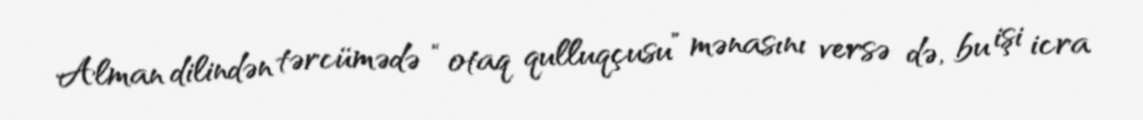
Alman dilindən tərcümədə “otaq qulluqçusu” mənasını versə də, bu işi icra